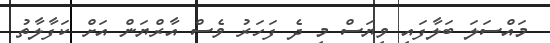
މައްސަލަ ބަލާފައި ވިޔަސް މި ދެ ފަހަރު ވެސް އާރްޔަން އަށް ކަފާލާތު